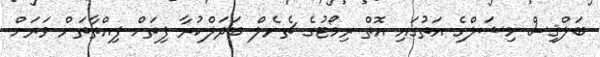
ބަލްޤިސް މިޝަލްގެ އަތުގައި އޮތް ރިމޯޓުގެ ޗެނެލް ބަދަލްކުރާ ފިތަށް ފިއްތާތަން ވަރަށް